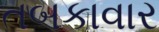
તબકાવાર